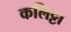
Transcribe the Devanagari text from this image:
कलिट्टा